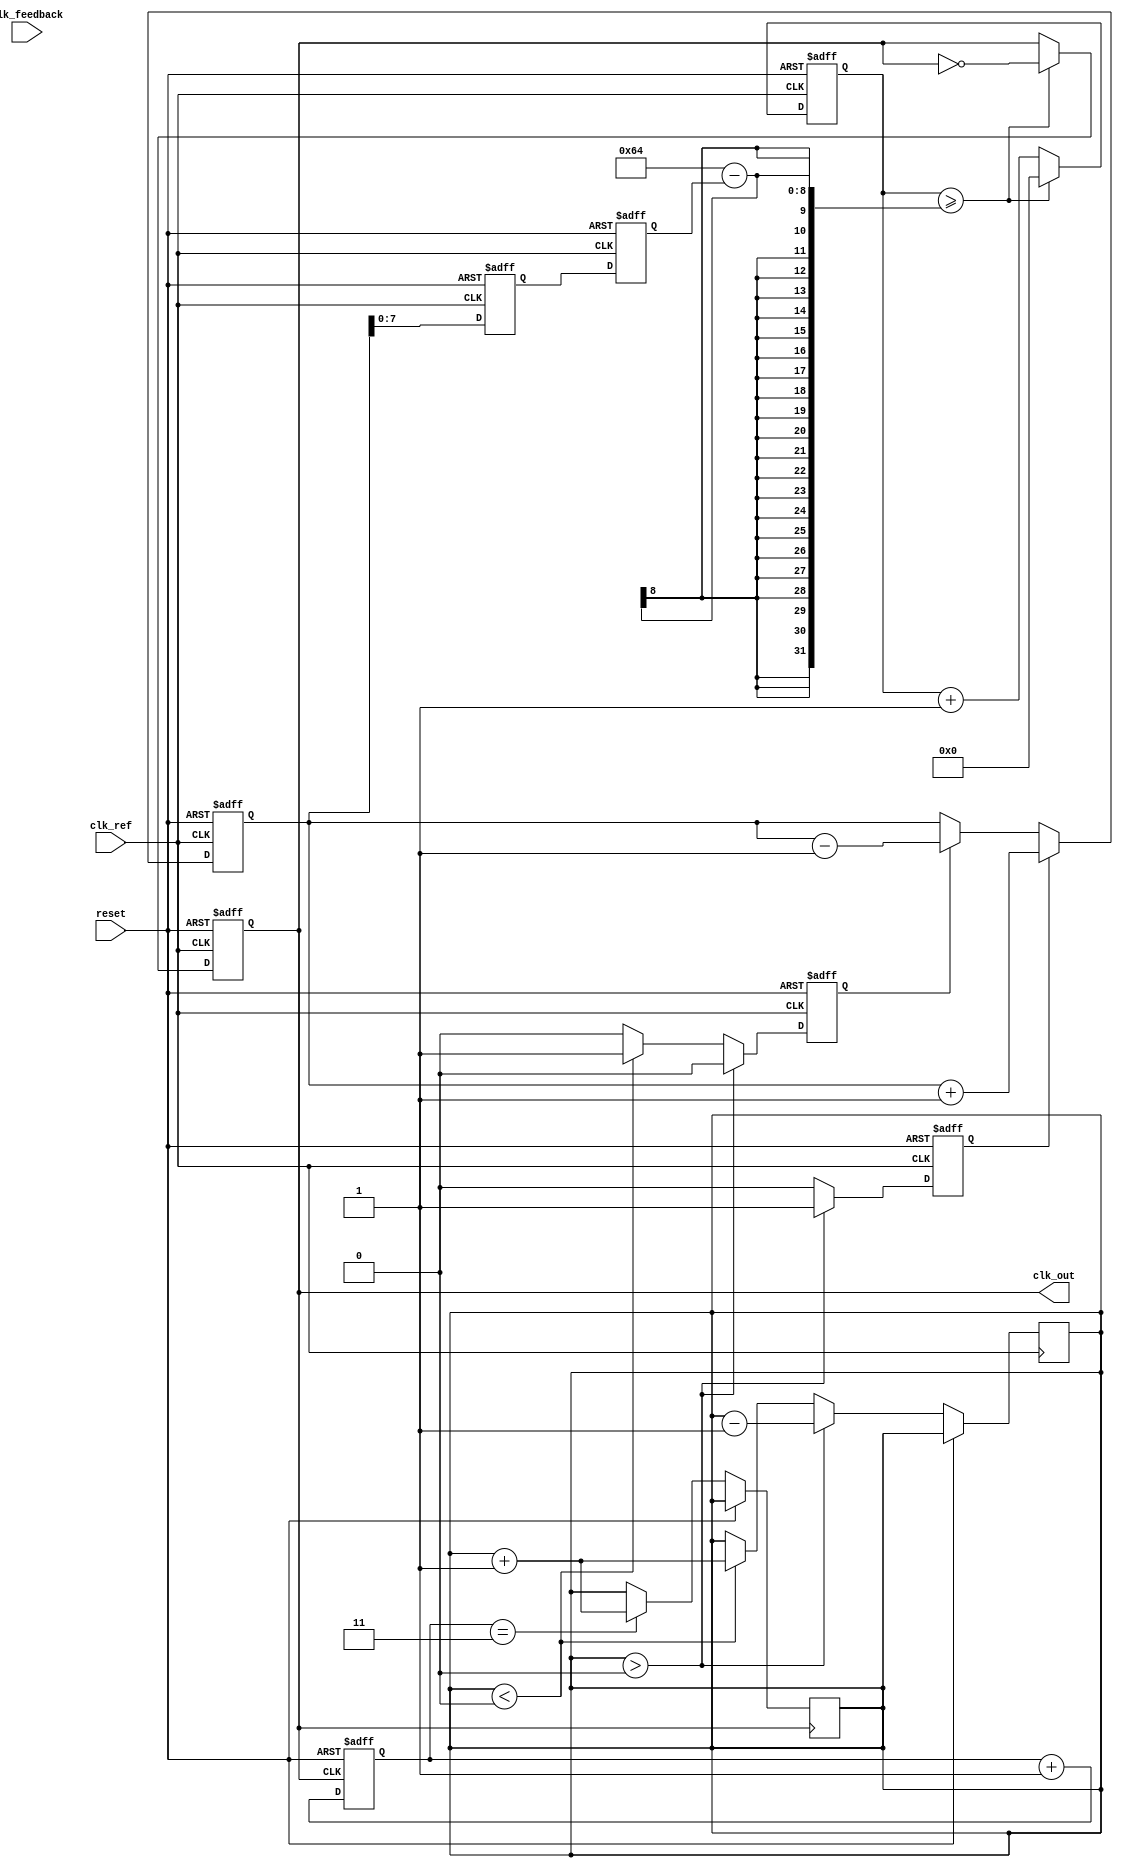
module pll (
    input wire clk_ref,          // Reference clock input
    input wire clk_feedback,     // Feedback clock input
    input wire reset,            // Reset signal
    output reg clk_out           // Output clock signal
);

// Parameters
parameter DIV_RATIO = 4;       // Division ratio for feedback
parameter VCO_MAX_FREQ = 100;  // Max VCO frequency
parameter VCO_MIN_FREQ = 10;   // Min VCO frequency

// PFD signals
reg up, down;                  // PFD outputs
reg [15:0] phase_diff;         // Phase difference counter
reg [15:0] charge_pump_out;    // Charge pump output

// VCO signals
reg [7:0] vco_frequency;       // VCO frequency control
reg [31:0] vco_counter;        // VCO counter for output
reg vco_clk;                  // VCO clock output

// Charge Pump
always @(posedge clk_ref or posedge reset) begin
    if (reset) begin
        up <= 0;
        down <= 0;
    end else begin
        // PFD Logic
        if (phase_diff > 0) begin
            up <= 1;
            down <= 0;
            phase_diff <= phase_diff - 1;
        end else if (phase_diff < 0) begin
            up <= 0;
            down <= 1;
            phase_diff <= phase_diff + 1;
        end else begin
            up <= 0;
            down <= 0;
        end
    end
end

// Charge Pump Logic
always @(posedge clk_ref or posedge reset) begin
    if (reset) begin
        charge_pump_out <= 0;
    end else begin
        if (up) begin
            charge_pump_out <= charge_pump_out + 1;
        end else if (down) begin
            charge_pump_out <= charge_pump_out - 1;
        end
    end
end

// Loop Filter (Simple 1st Order)
reg [15:0] loop_filter_out;    // Loop filter output
always @(posedge clk_ref or posedge reset) begin
    if (reset) begin
        loop_filter_out <= 0;
    end else begin
        loop_filter_out <= charge_pump_out; // Direct output for simplification
    end
end

// VCO Implementation
always @(posedge clk_ref or posedge reset) begin
    if (reset) begin
        vco_frequency <= VCO_MIN_FREQ;
        vco_counter <= 0;
        clk_out <= 0;
    end else begin
        // Adjust VCO frequency based on loop filter output
        vco_frequency <= loop_filter_out[7:0]; // Limited to 8 bits for frequency control
        
        // VCO Counter increment
        vco_counter <= vco_counter + 1;
        
        // Generate clk_out based on vco_frequency
        if (vco_counter >= (100 - vco_frequency)) begin
            clk_out <= ~clk_out;
            vco_counter <= 0;
        end
    end
end

// Feedback mechanism (simple divider)
reg [1:0] clk_divider; // Example feedback divider
always @(posedge clk_out or posedge reset) begin
    if (reset) begin
        clk_divider <= 0;
    end else begin
        clk_divider <= clk_divider + 1;
        if (clk_divider == DIV_RATIO - 1) begin
            phase_diff <= phase_diff + 1; // Simulate phase difference update
        end
    end
end

endmodule